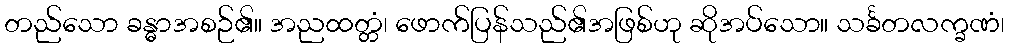
တည်သော ခန္ဓာအစဉ်၏။ အညထတ္တံ၊ ဖောက်ပြန်သည်၏အဖြစ်ဟု ဆိုအပ်သော။ သင်္ခတလက္ခဏံ၊